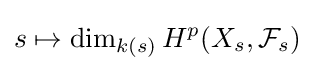
s\mapsto \dim _{k(s)}H^{p}(X_{s},{\mathcal {F}}_{s})